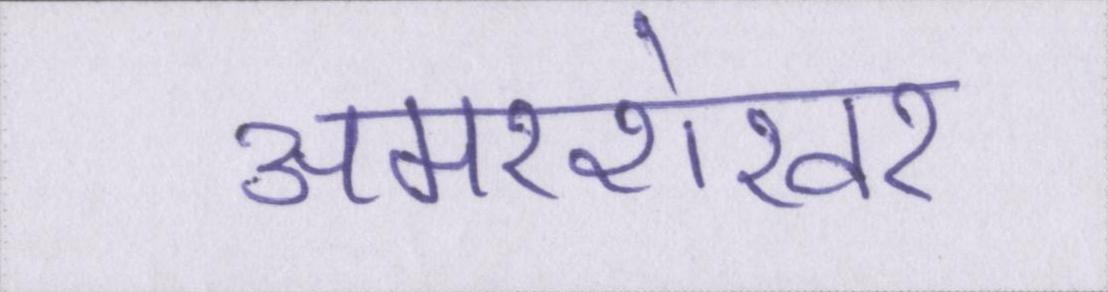
अमरशेखर